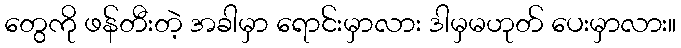
တွေကို ဖန်တီးတဲ့ အခါမှာ ရောင်းမှာလား ဒါမှမဟုတ် ပေးမှာလား။